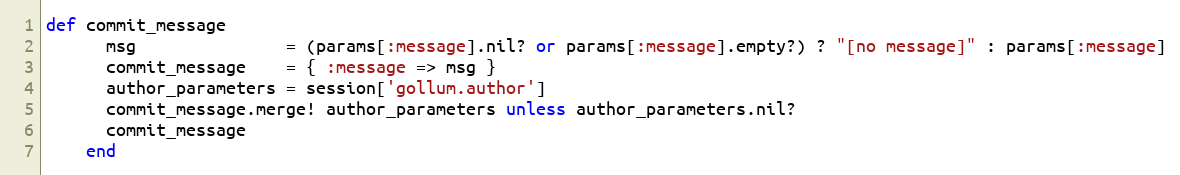
Language: Ruby
def commit_message
      msg               = (params[:message].nil? or params[:message].empty?) ? "[no message]" : params[:message]
      commit_message    = { :message => msg }
      author_parameters = session['gollum.author']
      commit_message.merge! author_parameters unless author_parameters.nil?
      commit_message
    end